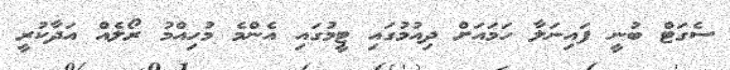
ސެގަޓް ބުނީ ފައިނަލާ ހަމައަށް ދިއުމުގައި ޓީމުގައި އެންމެ މުހިއްމު ރޯލެއް އަދާކުރީ